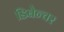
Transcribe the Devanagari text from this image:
डिबेन्‍चर